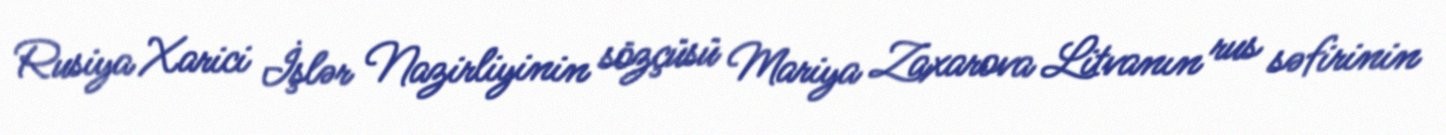
Rusiya Xarici İşlər Nazirliyinin sözçüsü Mariya Zaxarova Litvanın rus səfirinin